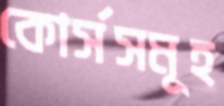
কোর্সসমূহ